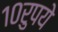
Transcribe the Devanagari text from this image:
१०रुपये